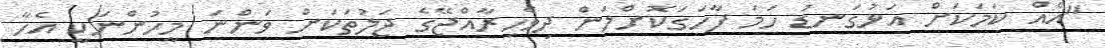
"އެއް ކަމަކަށް އަޅުގަނޑު ހަމަ ފާހަގަކޮށްލަން ދިވެހިރާއްޖޭގެ ޖަލުތަކަށް ވަންނަ މީހުންނަކީ އެހާ